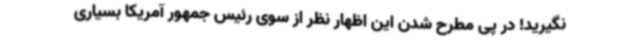
نگیرید! در پی مطرح شدن این اظهار نظر از سوی رئیس جمهور آمریکا بسیاری